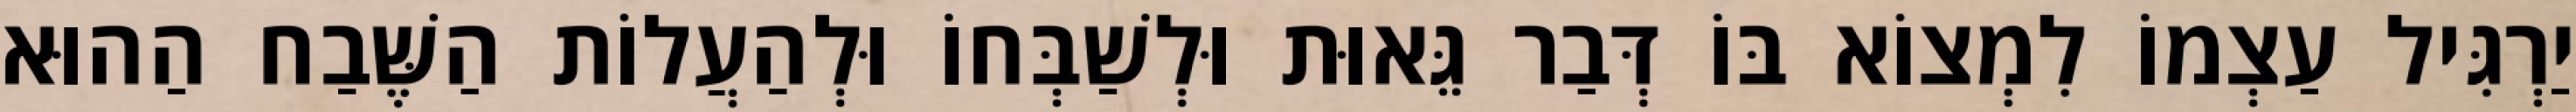
יַרְגִּיל עַצְמוֹ לִמְצוֹא בּוֹ דְּבַר גֵּאוּת וּלְשַׁבְּחוֹ וּלְהַעֲלוֹת הַשֶּׁבַח הַהוּא